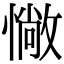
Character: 𢠵